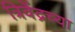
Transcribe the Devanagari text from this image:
त्रिवेंद्रच्या